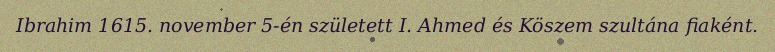
Ibrahim 1615. november 5-én született I. Ahmed és Köszem szultána fiaként.